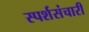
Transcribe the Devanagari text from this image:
स्पर्शसंचारी